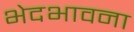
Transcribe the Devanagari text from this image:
भेदभावना